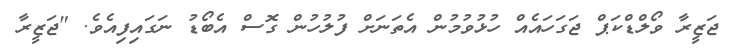
ޖަޒީރާ ވޯލްޑްކަޕް ޖަގަހައެއް ހުޅުވުމުން އެތަނަށް ފުލުހުން ގޮސް އެބޯޑު ނަގައިފިއެވެ. "ޖަޒީރާ